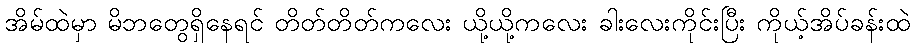
အိမ်ထဲမှာ မိဘတွေရှိနေရင် တိတ်တိတ်ကလေး ယို့ယို့ကလေး ခါးလေးကိုင်းပြီး ကိုယ့်အိပ်ခန်းထဲ